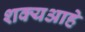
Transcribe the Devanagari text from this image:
शक्यआहे